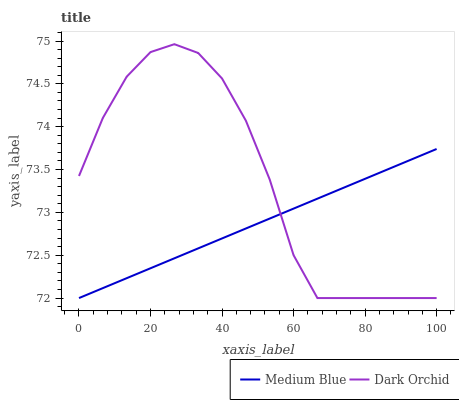
| xaxis_label | Medium Blue | Dark Orchid |
 | --- | --- | --- |
 | 0 | 72 | 73.4 |
 | 6.67 | 72.1 | 74.1 |
 | 13.3 | 72.2 | 74.6 |
 | 20 | 72.3 | 74.9 |
 | 26.7 | 72.5 | 75 |
 | 33.3 | 72.6 | 74.9 |
 | 40 | 72.7 | 74.6 |
 | 46.7 | 72.8 | 74.1 |
 | 53.3 | 72.9 | 73.4 |
 | 60 | 73 | 72.5 |
 | 66.7 | 73.2 | 72 |
 | 73.3 | 73.3 | 72 |
 | 80 | 73.4 | 72 |
 | 86.7 | 73.5 | 72 |
 | 93.3 | 73.6 | 72 |
 | 100 | 73.7 | 72 |